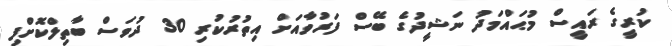
ކުރީގެ ރައީސް މުޙައްމަދު ނަޝީދުގެ ބޭސް ފަރުވާއަށް އިތުރުކުރި 30 ދުވަސް ބާތިލްކޮށްފި